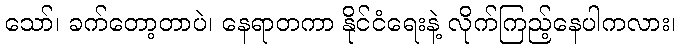
သော်၊ ခက်တော့တာပဲ၊ နေရာတကာ နိုင်ငံရေးနဲ့ လိုက်ကြည့်နေပါကလား၊